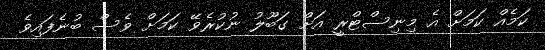
ކަމެއް ކަމަށް އެ މިނިސްޓްރީ އަށް ގަބޫލު ނުކުރެވޭ ކަމަށް ވެސް ބުނެފައިވެ